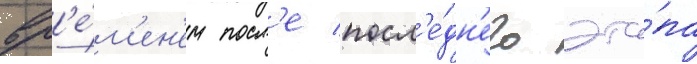
вр'е́м'ен'ем посл'е посл'е́дн'его эта́па